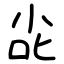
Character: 㕾